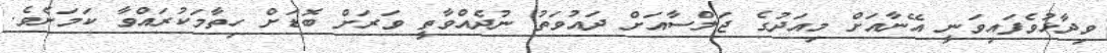
ވިދާޅުވެފައިވަނީ އޭނާއަށް މިއަދުގެ ޖަލްސާއަށް ދައުވަތު ނުދެއްވާތީ ވަރަށް ބޮޑަށް ހިތާމަކުރައްވާ ކަމަށެވެ.